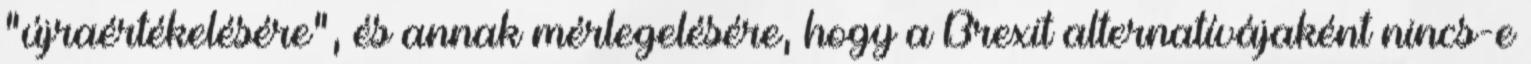
"újraértékelésére", és annak mérlegelésére, hogy a Brexit alternatívájaként nincs-e